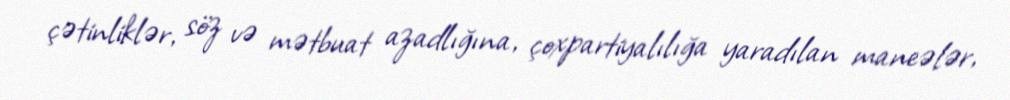
çətinliklər, söz və mətbuat azadlığına, çoxpartiyalılığa yaradılan maneələr,